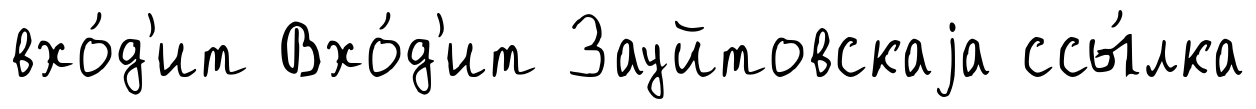
вхо́д'ит Вхо́д'ит Зауйтовскаjа ссы́лка